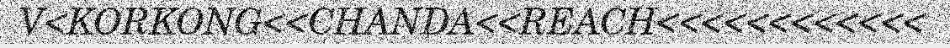
V<KORKONG<<CHANDA<<REACH<<<<<<<<<<<<